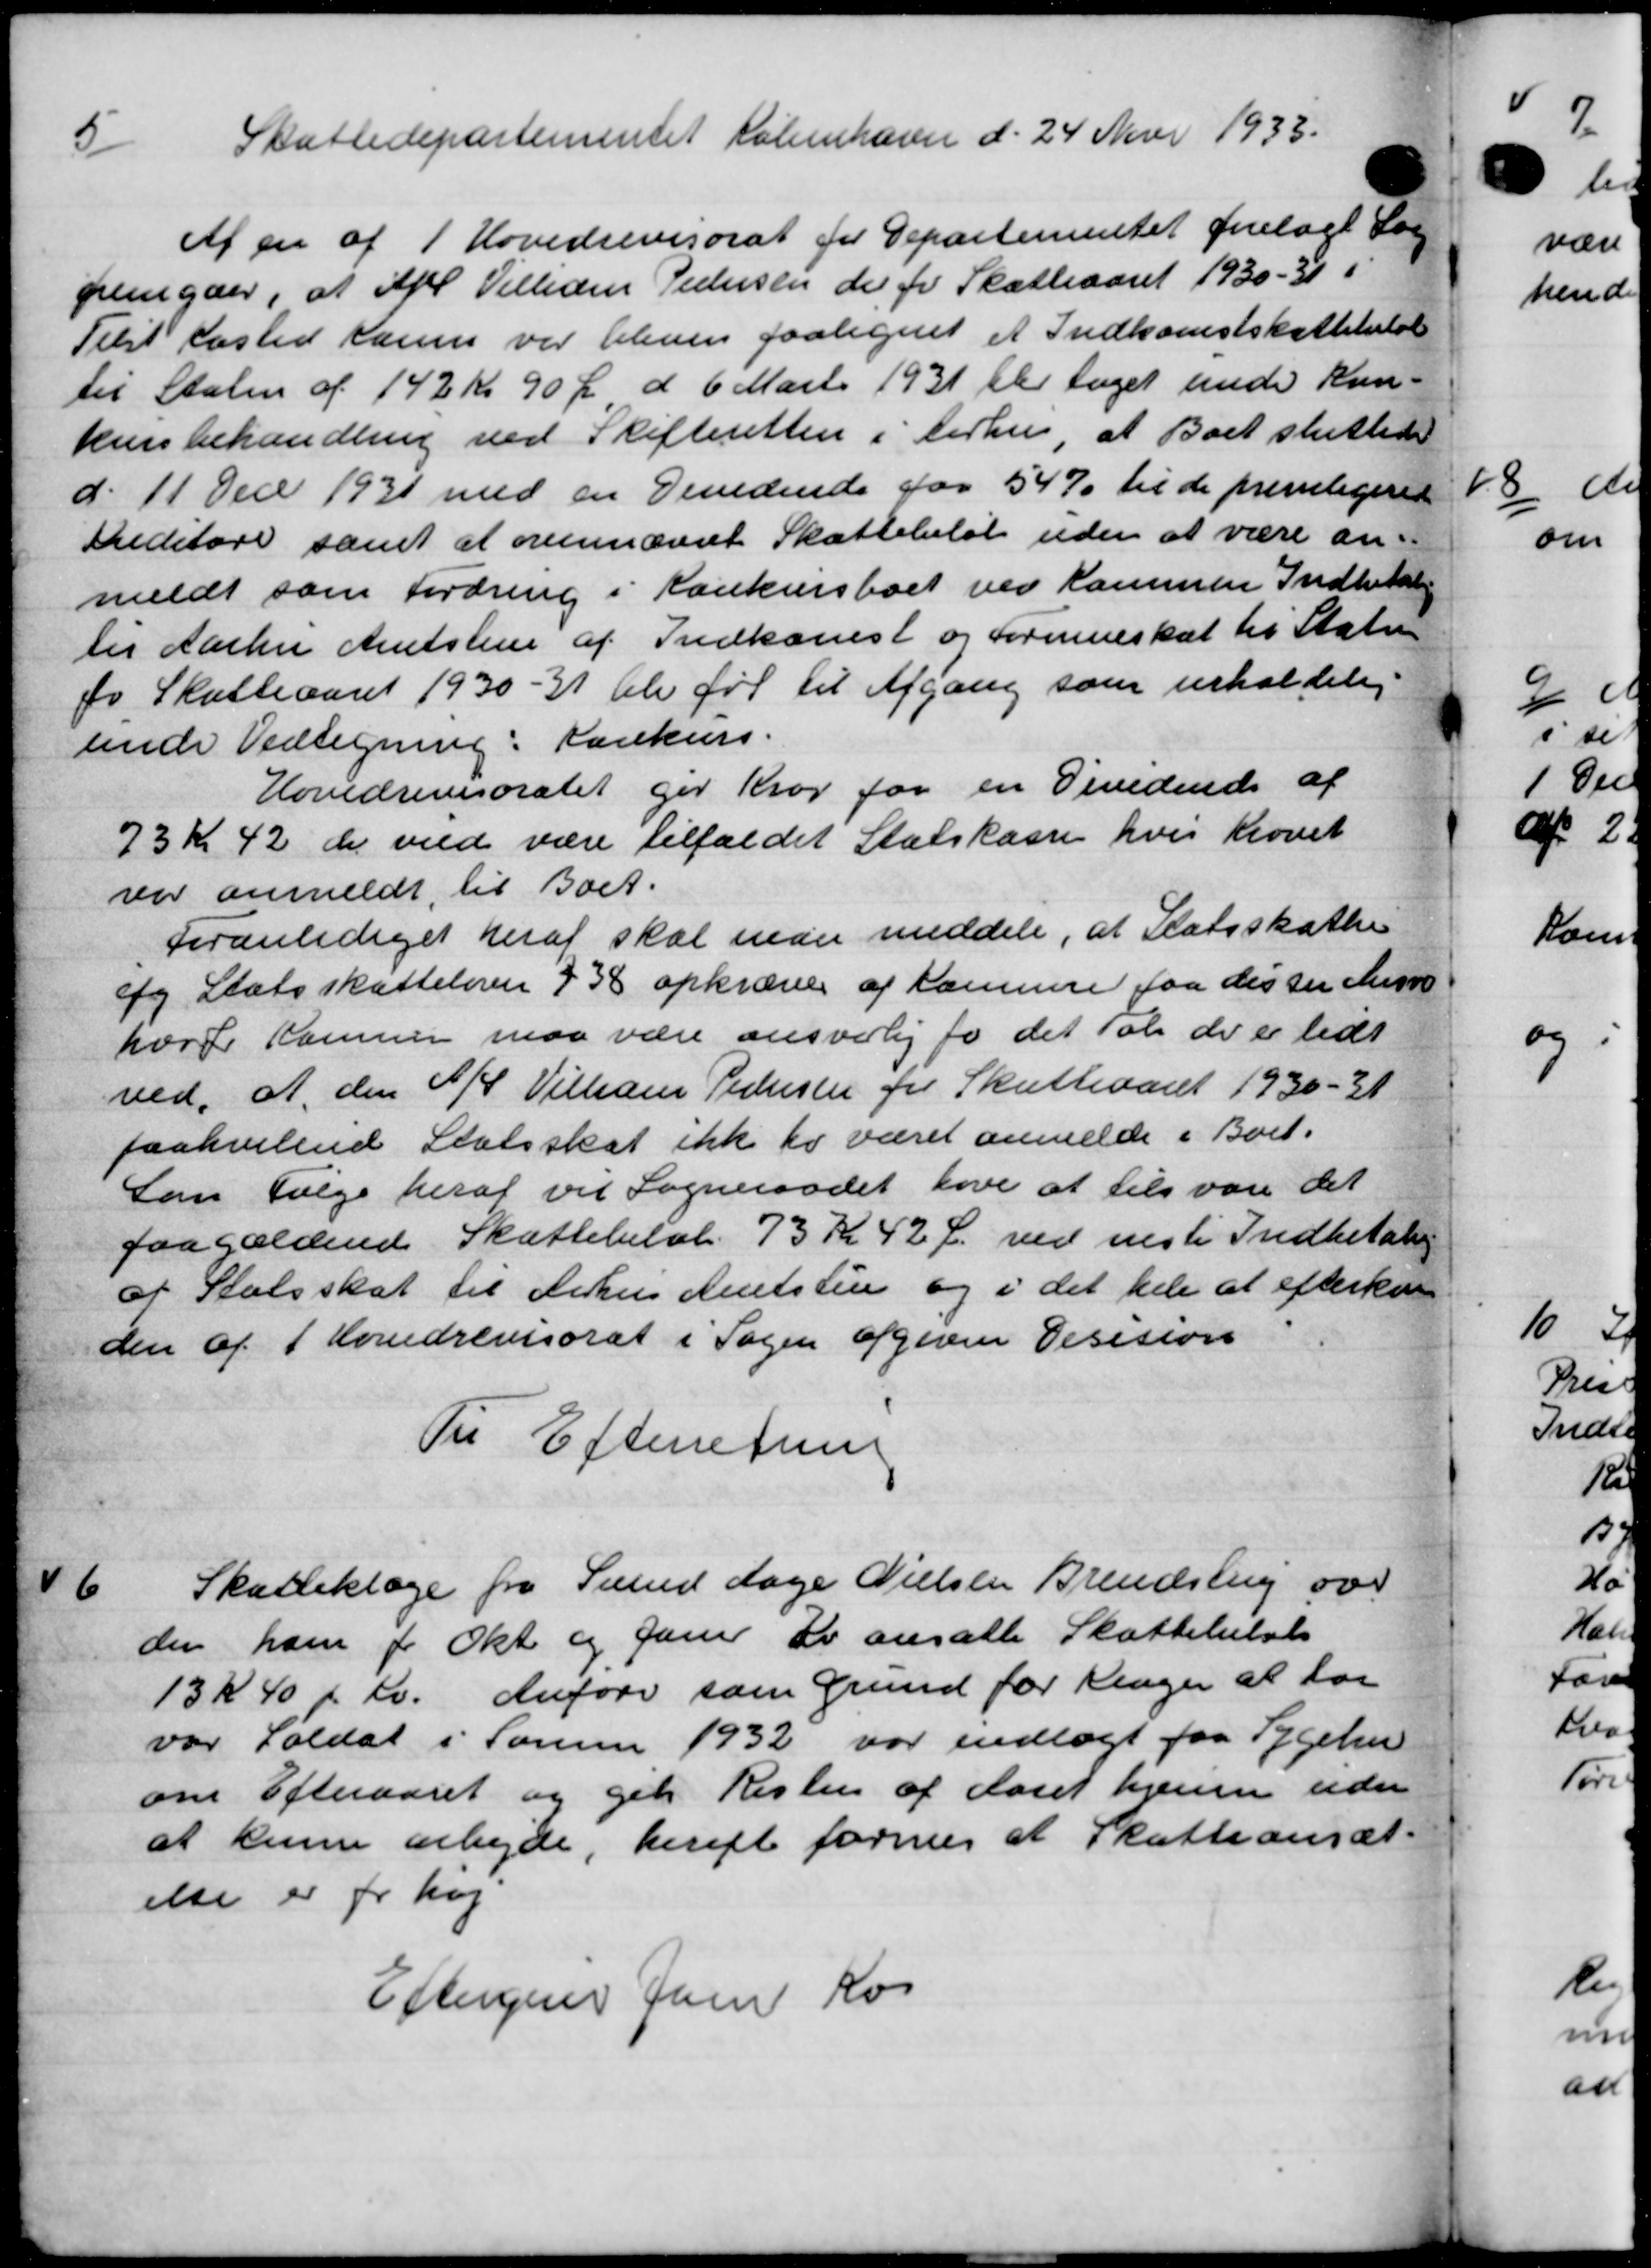
Transskription:
5
Skattedepartementet København d. 24 Novr 1933.
Af en af 1 Hovedrevisorat for Departementet forelagt Sag
fremgaar, at af Villedm Pedersen der for Skatteaaret 1930 - 31 i
Telst Kasted Karn var bleven paalignet et Indkomstskattebeløb
til Staten af 142 Kr 90 Ø d 6 Marts 1931 blev taget under kun-
kunsbehandling ved Skifteretten i Aarhus, at Boet sluttede
d. 11 Dec. 1931 med en Dedende for 54 % til de fremligerede
Meditore samt at ovennævnte Skattebeløb uden at være an-
meldt som fordring i Kankersboet ved Kammen Indbetaling
til Aarhus Amtstue af Indkomst og Formueskat til Staten
fo Skatteaaret 1930-31 hele før til Afgang som uerholdelig
uende Vedtegning: Kankurs.
Hovedrevisoratet for Krog for en Venedende af
73 Kr 42 de ved være tilfaldet Statskasse hvis Krovet
var anmeldt til Boet.
Foranlediget heraf skal man meddele, at Statsskatten
fg Statsskattelover 438 opkræves af sammer faa des sin Menne
hærd Kommen maa være ansvarlig for det tale de er lidt
ved, at den A/S Villiam Pedersen for Skatteaaret 1930-31
paahvilend Statsskat ikke to været anmelde i Boet.
Lan Følge heraf vil Sogneraadet have at tilsvare det
paagældende Skattebeløb 73 Kr 42 Ø ved næste Indbetalin
af Statsskat til Århus Amtstue og i det hele at efterkon
den af 1 Hovedrevisorat i Sagen afgiven Desision
Til Efterretning
6
Skatteklage fra Svend Aage Nielsen Brendstrup over
der ham for Okt og Jauer er ansatte Skattelelse
13 K 40 pr. Kv. Anføre som Grund for Klager at har
var Soldat i Sonner 1932 var indlagt paa Sygehu
om Efteraaret og gens Resten af Aaret hjemmer uden
at kunne arbejde, hereft former at Skatteansæt-
else er for høj
Eftergiver Juni Kos

4

7.
væ
hen